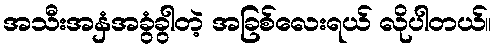
အသီးအနှံအခွံခွါတဲ့ အခြစ်လေးရယ် လိုပါတယ်။